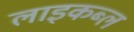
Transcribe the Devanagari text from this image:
लाइकब्ल